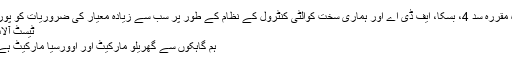
وہ مقررہ سد 4، بسکا، ایف ڈی اے اور ہماری سخت کوالٹی کنٹرول کے نظام کے طور پر سب سے زیادہ معیار کی ضروریات کو پورا.
ٹیسٹ آلات
ہم گاہکوں سے گھریلو مارکیٹ اور اوورسیا مارکیٹ ہے ۔